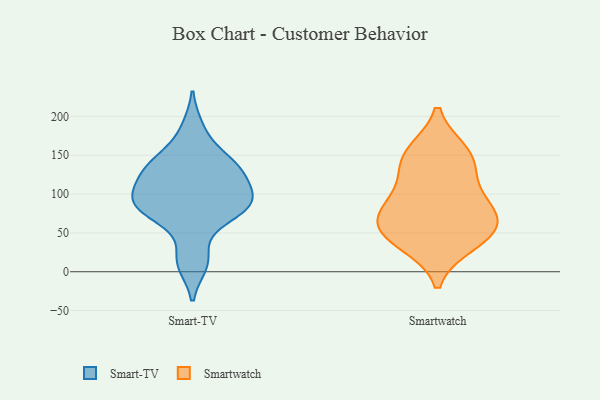
{"axis": {"x": "Tickets Resolved", "y": "Value"}, "legend": ["Smart-TV", "Smartwatch"], "data": [{"x": "", "y": 85, "type": "Smart-TV"}, {"x": "", "y": 102, "type": "Smart-TV"}, {"x": "", "y": 150, "type": "Smart-TV"}, {"x": "", "y": 67, "type": "Smart-TV"}, {"x": "", "y": 82, "type": "Smart-TV"}, {"x": "", "y": 17, "type": "Smart-TV"}, {"x": "", "y": 94, "type": "Smart-TV"}, {"x": "", "y": 132, "type": "Smart-TV"}, {"x": "", "y": 136, "type": "Smart-TV"}, {"x": "", "y": 185, "type": "Smart-TV"}, {"x": "", "y": 109, "type": "Smart-TV"}, {"x": "", "y": 84, "type": "Smart-TV"}, {"x": "", "y": 82, "type": "Smart-TV"}, {"x": "", "y": 123, "type": "Smart-TV"}, {"x": "", "y": 137, "type": "Smart-TV"}, {"x": "", "y": 10, "type": "Smart-TV"}, {"x": "", "y": 36, "type": "Smartwatch"}, {"x": "", "y": 75, "type": "Smartwatch"}, {"x": "", "y": 154, "type": "Smartwatch"}, {"x": "", "y": 111, "type": "Smartwatch"}, {"x": "", "y": 151, "type": "Smartwatch"}, {"x": "", "y": 74, "type": "Smartwatch"}, {"x": "", "y": 42, "type": "Smartwatch"}, {"x": "", "y": 58, "type": "Smartwatch"}, {"x": "", "y": 54, "type": "Smartwatch"}, {"x": "", "y": 139, "type": "Smartwatch"}, {"x": "", "y": 89, "type": "Smartwatch"}]}